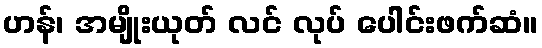
ဟန်၊ အမျိုးယုတ် လင် လုပ် ပေါင်းဖက်ဆံ။